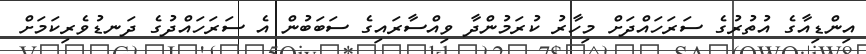
އިންޑިއާގެ އުތުރުގެ ސަރަހައްދަށް މިހާރު ކުރަމުންދާ ވިއްސާރައިގެ ސަބަބުން އެ ސަރަހައްދުގެ ދަނޑުވެރިކަމަށް